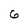
Character: 6